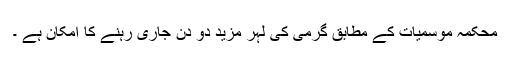
محکمہ موسمیات کے مطابق گرمی کی لہر مزید دو دن جاری رہنے کا امکان ہے ۔